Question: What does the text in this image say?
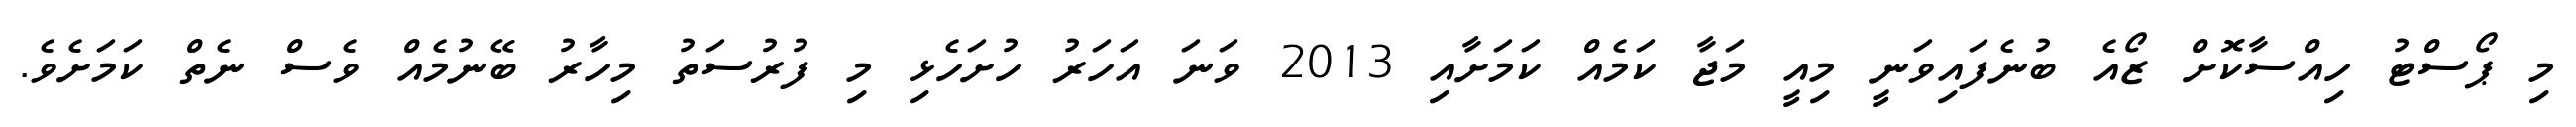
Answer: މި ޕޯސްޓު ހިއްސާކޮށް ޒޯއެ ބުނެފައިވަނީ މިއީ މަޖާ ކަމެއް ކަމަށާއި 2013 ވަނަ އަހަރު ހުށަހެޅި މި ފުރުސަތު މިހާރު ބޭނުމެއް ވެސް ނެތް ކަމަށެވެ.